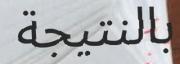
بالنتيجة